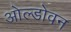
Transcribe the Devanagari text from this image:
ओल्डोवन